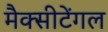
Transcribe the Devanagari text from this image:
मैक्‍सीटेंगल